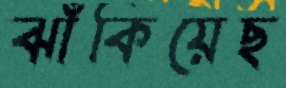
ঝাঁকিয়েছ